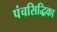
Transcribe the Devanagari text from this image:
पंचसिद्धिका